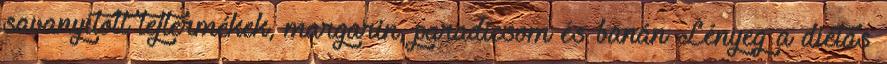
savanyított tejtermékek, margarin, paradicsom és banán Lényeg a diétás